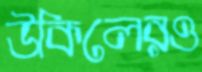
উকিলেরও